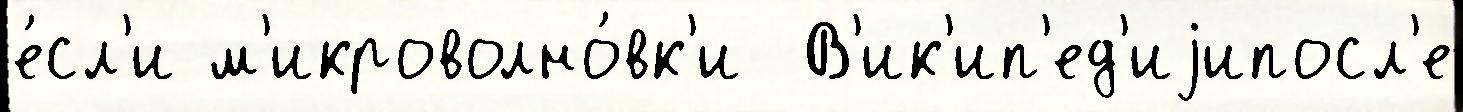
е́сл'и м'икроволно́вк'и  В'ик'ип'ед'иjипосл'е